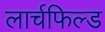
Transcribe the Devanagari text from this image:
लार्चफिल्ड